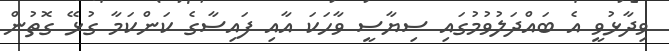
ވިދާޅުވީ އެ ބައްދަލުވުމުގައި ސިޔާސީ ވާހަކަ އާއި ފައިސާގެ ކަންކަމާ ގުޅޭ ގޮތުން